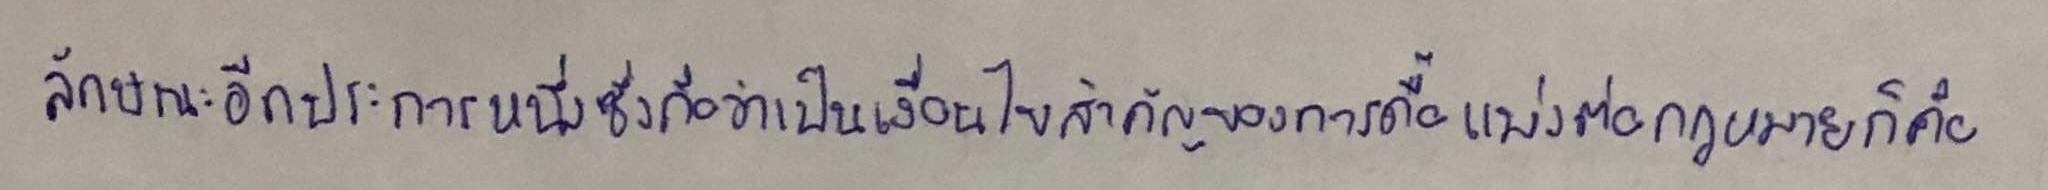
ลักษณะอีกประการหนึ่งซึ่งถือว่าเป็นเงื่อนไขสำคัญของการดื้อแพ่งต่อกฎหมายก็คือ